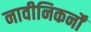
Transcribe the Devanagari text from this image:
नावीनिकर्नों